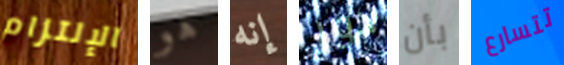
الإلتزام هو إنه دور بأن تتسارع